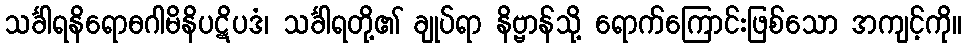
သင်္ခါရနိရောဓဂါမိနိပဋိပဒံ၊ သင်္ခါရတို့၏ ချုပ်ရာ နိဗ္ဗာန်သို့ ရောက်ကြောင်းဖြစ်သော အကျင့်ကို။